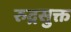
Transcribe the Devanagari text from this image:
रुद्रसुक्त